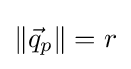
\left\Vert {\vec {q}}_{p}\right\Vert =r